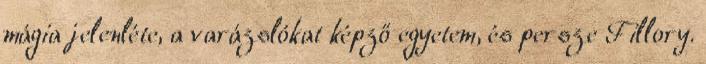
mágia jelenléte, a varázslókat képző egyetem, és persze Fillory.